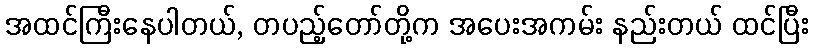
အထင်ကြီးနေပါတယ်, တပည့်တော်တို့က အပေးအကမ်း နည်းတယ် ထင်ပြီး